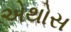
એથોસ